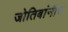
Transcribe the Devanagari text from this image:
जोतिबांनीच